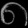
Digit: ၈